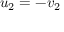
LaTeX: u _ { 2 } = - v _ { 2 } \,